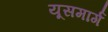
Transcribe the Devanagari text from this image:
यूसमार्ग